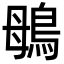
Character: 䳇